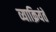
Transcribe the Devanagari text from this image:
व्याक्रियंते